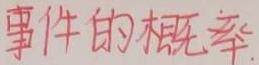
事件的概率